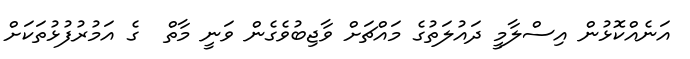
އަނެއްކޮޅުން އިސްލާމީ ދައުލަތުގެ މައްޗަށް ވާޖިބުވެގެން ވަނީ މާތް  ގެ އަމުރުފުޅުތަކަށް